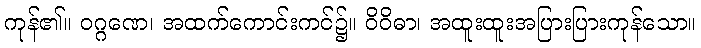
ကုန်၏။ ဝဂ္ဂဏေ၊ အထက်ကောင်းကင်၌။ ဝိဝိဓာ၊ အထူးထူးအပြားပြားကုန်သော။